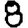
Digit: 8